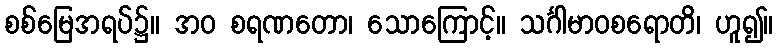
စစ်မြေအရပ်၌။ အဝ စရဏတော၊ သောကြောင့်။ သင်္ဂါမာဝစရောတိ၊ ဟူ၍။